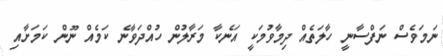
ނަމަވެސް ނަފްސާނީ ހާލަތެއް ދިމާވުމަކީ އަނެކާ މަރާލުން ހުއްދަވާނެ ކަމެއް ނޫން ކަމަށާއި